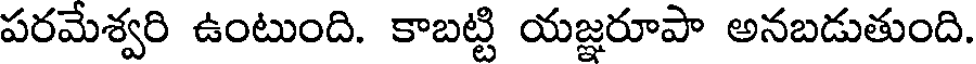
పరమేశ్వరి ఉంటుంది. కాబట్టి యజ్ఞరూపా అనబడుతుంది.